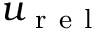
u _ { \mathrm { ~ r ~ e ~ l ~ } }